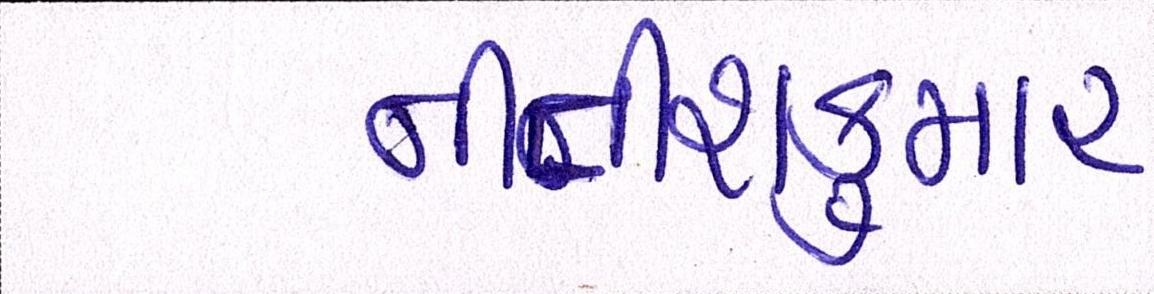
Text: નીતીશકુમાર